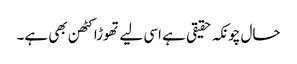
حال چونکہ حقیقی ہے اسی لیے تھوڑا کٹھن بھی ہے۔